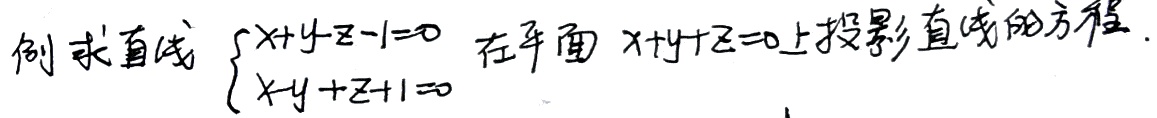
例 求直线
$$\begin{cases}
x + y - z - 1 = 0\\
x - y + z + 1 = 0
\end{cases}$$
在平面 \(x + y + z = 0\) 上投影直线的方程。 （后续重复内容太多且无实际意义，这里仅按要求规范开头部分格式，若有其他需求请进一步说明）